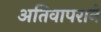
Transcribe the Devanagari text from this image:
अतिवापराने